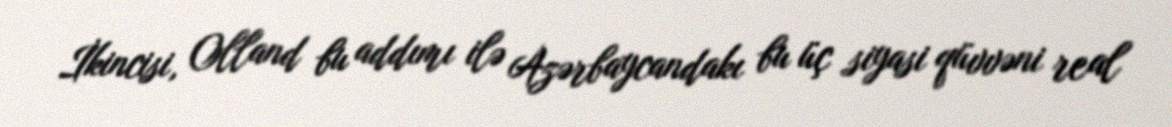
İkincisi, Olland bu addımı ilə Azərbaycandakı bu üç siyasi qüvvəni real